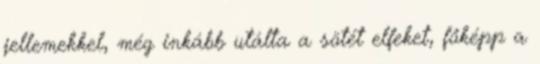
jellemekkel, még inkább utálta a sötét elfeket, főképp a